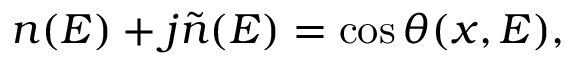
\begin{array} { r } { n ( E ) + j \tilde { n } ( E ) = \cos \theta ( x , E ) , } \end{array}